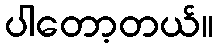
ပါတော့တယ်။